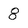
Character: 8